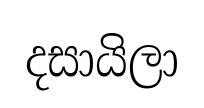
දසායිලා